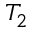
T _ { 2 }